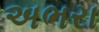
અભરા